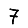
Digit: 7